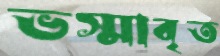
ভস্মাবৃত